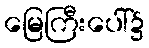
မြေကြီးပေါ်၌